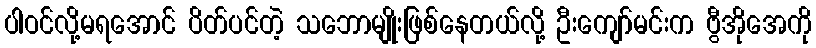
ပါဝင်လို့မရအောင် ပိတ်ပင်တဲ့ သဘောမျိုးဖြစ်နေတယ်လို့ ဦးကျော်မင်းက ဗွီအိုအေကို